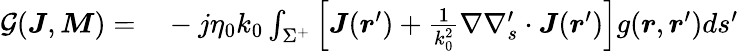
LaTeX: \begin{array}{rl}{\mathcal{G}(\boldsymbol{J},\boldsymbol{M})=}&{{}-j\eta_{0}k_{0}\int_{\Sigma^{+}}{\left[\boldsymbol{J}(\boldsymbol{r}^{\prime})+\frac{1}{k_{0}^{2}}\nabla\nabla_{s}^{\prime}\cdot\boldsymbol{J}(\boldsymbol{r}^{\prime})\right]}g(\boldsymbol{r},\boldsymbol{r}^{\prime})ds^{\prime}}\end{array}